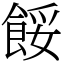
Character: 餒